Trukikaitis_Postimees, lk 86
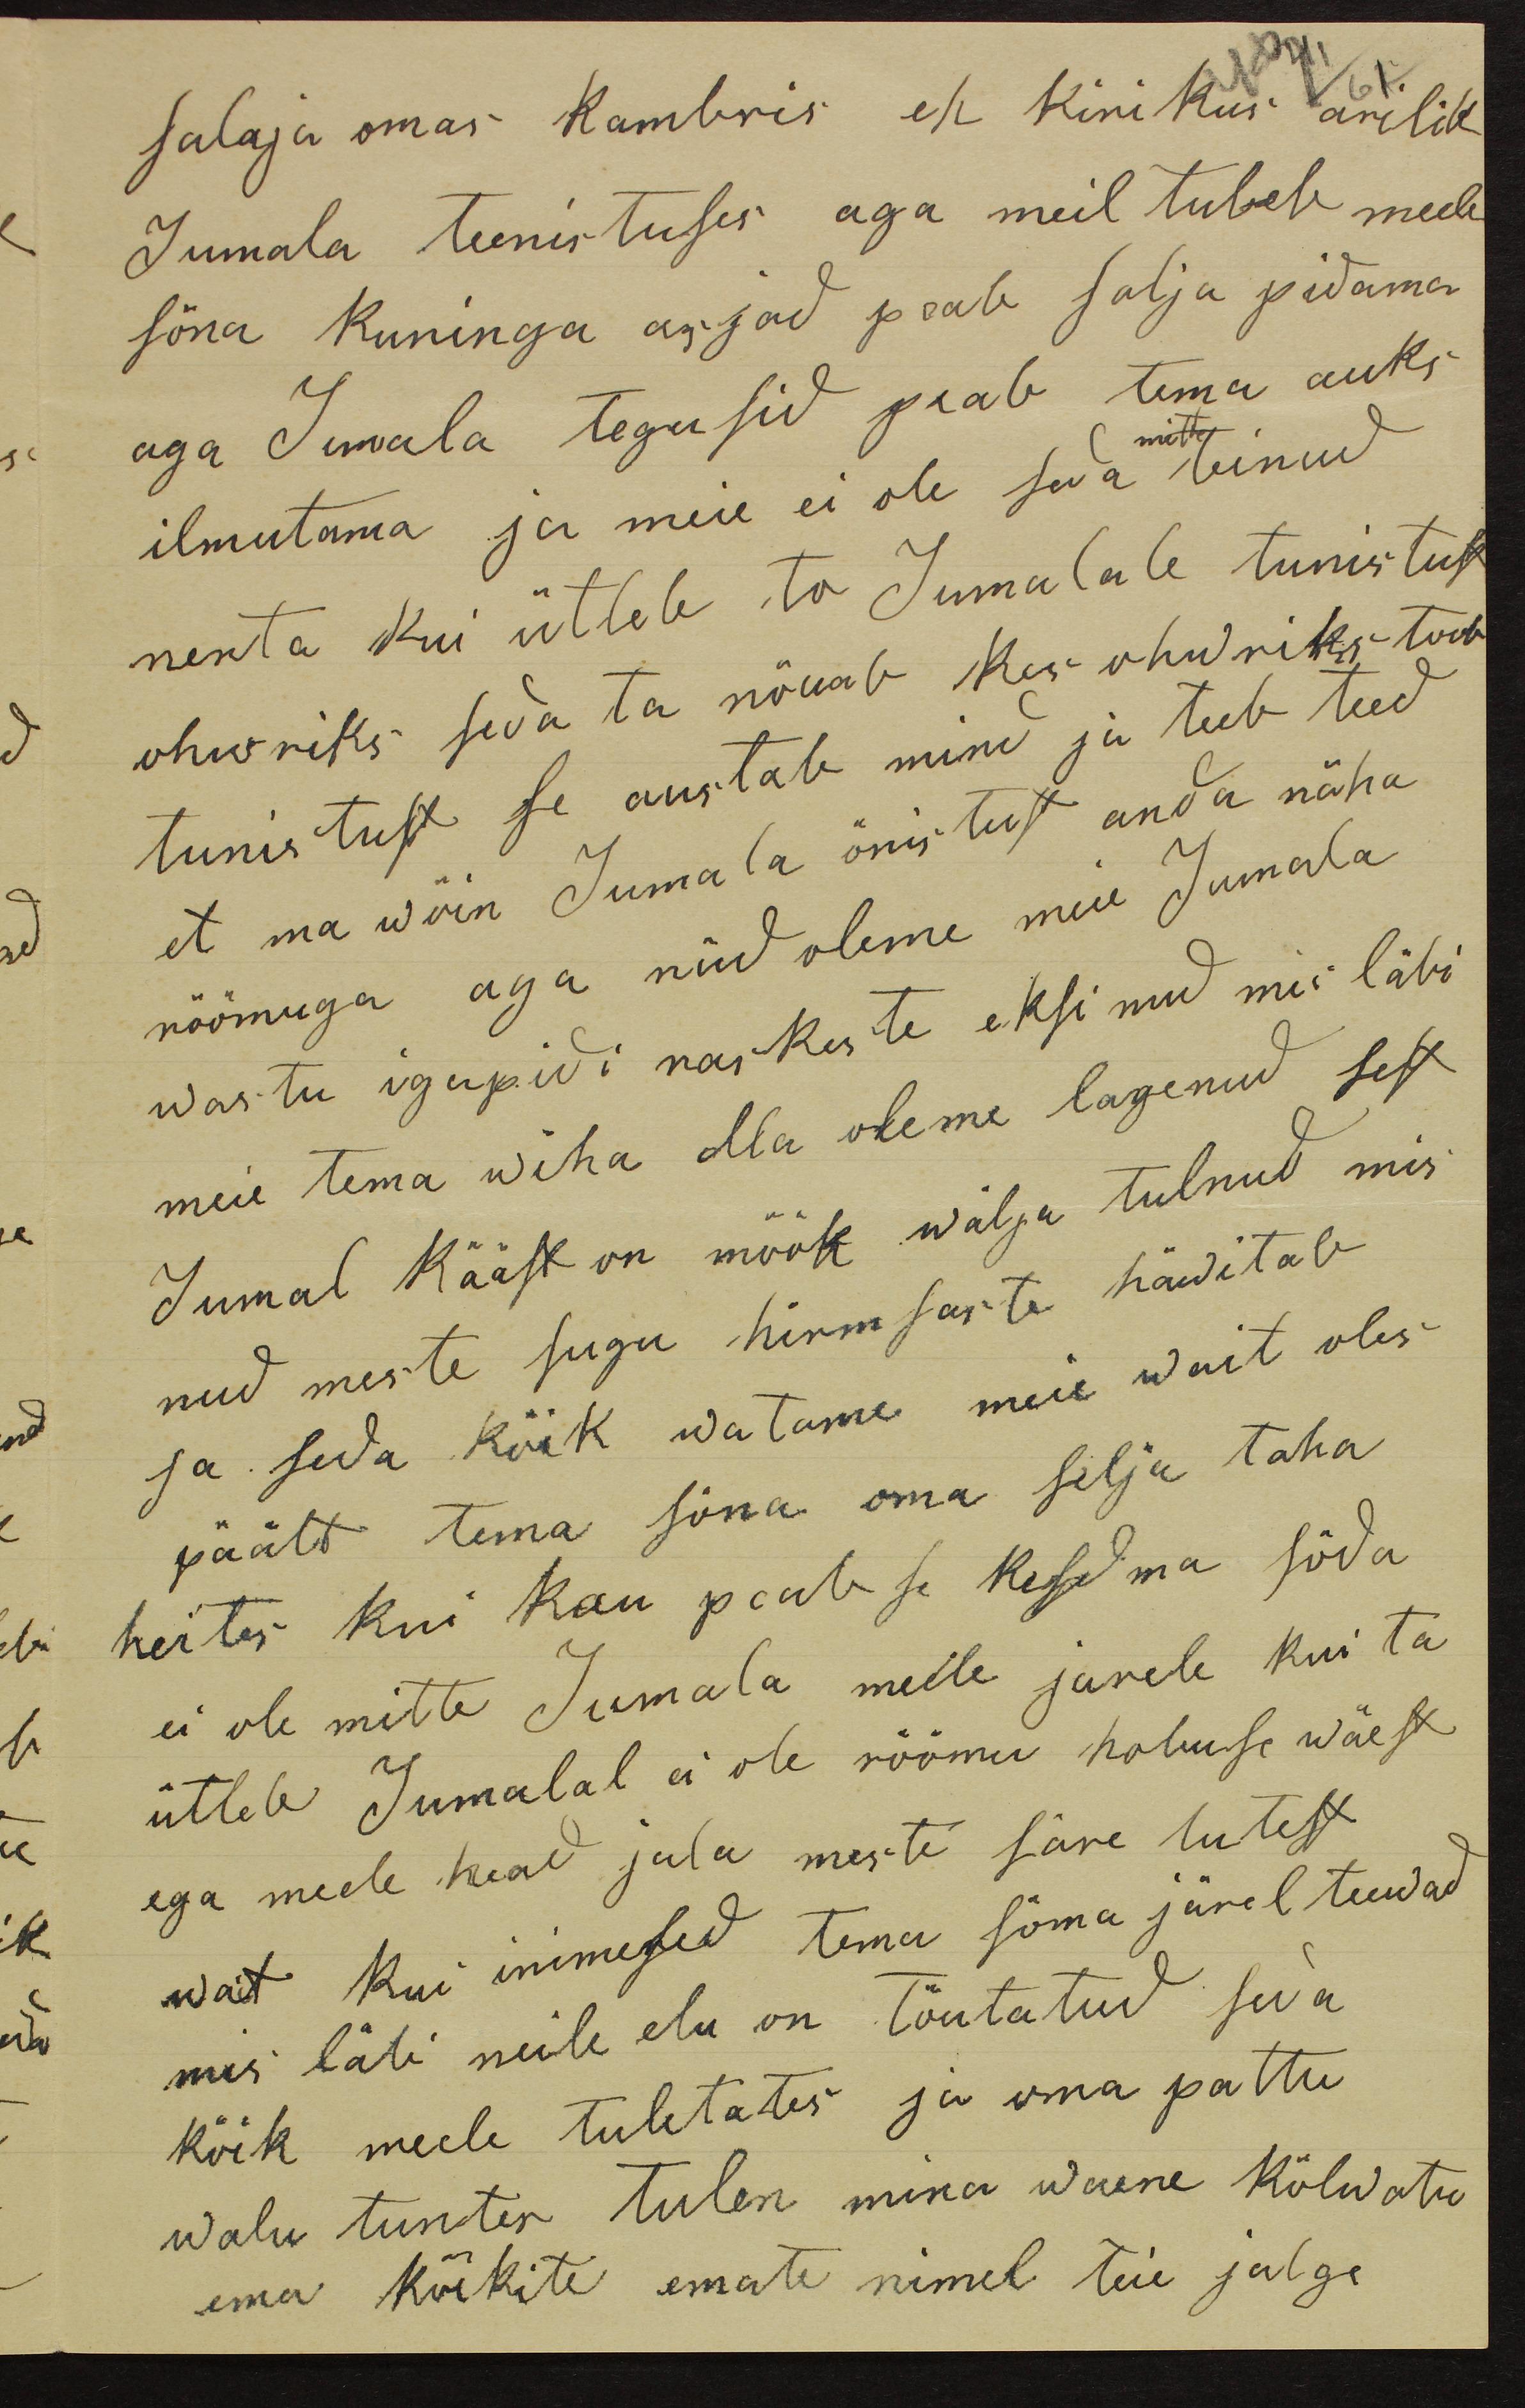
salaja omas kambris et kirikus arilik
Jumala teenistuses aga meil tuleb meele
sõna kuninga asjad peab salja pidama
aga Jumala tegusid peab tema auks
ilmutama ja meie ei ole seda teinud
nenta kui ütleb ta Jumalale tunistust
ohwriks seda ta nõuab kes ohwriks toob
tunistust se austab minu ja teeb teed
et ma wõin Jumala õnistust anda näha
rõõmuga aga nüd oleme meie Jumala
wastu igapidi raskeste eksinud mis läbi
meie tema wiha olla oleme lagenud sest
Jumal kääst on mõõk wälja tulnud mis
nud meste sugu hirmsaste häwitab
ja seda kõik watame meie wait oles
päält tema sõna oma selja taha
heites kui kau peab se kesdma sõda
ei ole mitte Jumala meele järele kui ta
ütleb Jumalal ei ole rõõmu hobuse wäest
ega meele head jala meste säre lutest
wait kui inimesed tema sõna järel teewad
mis läbi neile elu on tõutatud seda
kõik meele tuletates ja oma pattu
walu tuntes tulen mina waene kõlwatu
ema kõikite emate nimel teie jalge